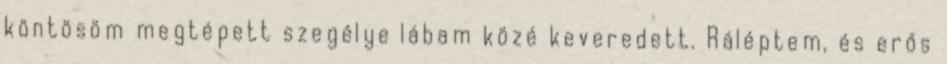
köntösöm megtépett szegélye lábam közé keveredett. Ráléptem, és erős